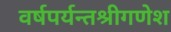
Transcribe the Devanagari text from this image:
वर्षपर्यन्तश्रीगणेश